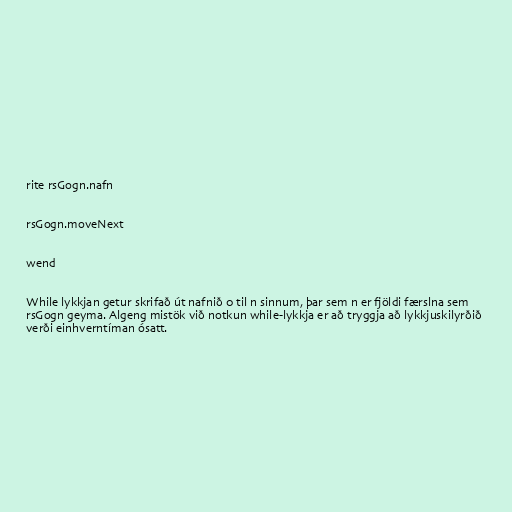
rite rsGogn.nafn

rsGogn.moveNext

wend

While lykkjan getur skrifað út nafnið 0 til n sinnum, þar sem n er fjöldi færslna sem
rsGogn geyma. Algeng mistök við notkun while-lykkja er að tryggja að lykkjuskilyrðið
verði einhverntíman ósatt.